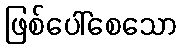
ဖြစ်ပေါ်စေသော